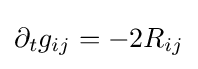
\displaystyle \partial _{t}g_{ij}=-2R_{ij}